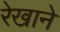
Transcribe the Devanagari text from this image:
रेखाने